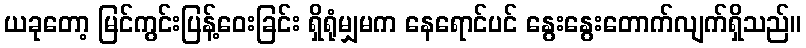
ယခုတော့ မြင်ကွင်းပြန့်ဝေးခြင်း ရှိရုံမျှမက နေရောင်ပင် နွေးနွေးတောက်လျက်ရှိသည်။